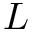
L